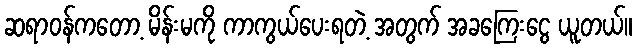
ဆရာဝန်ကတော့ မိန်းမကို ကာကွယ်ပေးရတဲ့ အတွက် အခကြေးငွေ ယူတယ်။